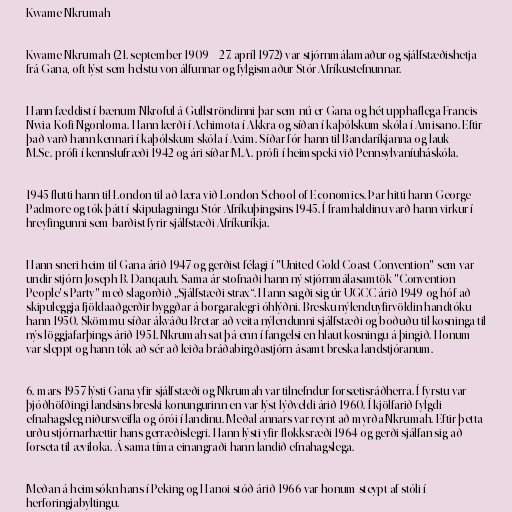
Kwame Nkrumah

Kwame Nkrumah (21. september 1909 – 27. apríl 1972) var stjórnmálamaður og sjálfstæðishetja
frá Gana, oft lýst sem helstu von álfunnar og fylgismaður Stór-Afríkustefnunnar.

Hann fæddist í bænum Nkroful á Gullströndinni þar sem nú er Gana og hét upphaflega Francis
Nwia-Kofi Ngonloma. Hann lærði í Achimota í Akkra og síðan í kaþólskum skóla í Amisano. Eftir
það varð hann kennari í kaþólskum skóla í Axim. Síðar fór hann til Bandaríkjanna og lauk
M.Sc.-prófi í kennslufræði 1942 og ári síðar M.A.-prófi í heimspeki við Pennsylvaníuháskóla.

1945 flutti hann til London til að læra við London School of Economics. Þar hitti hann George
Padmore og tók þátt í skipulagningu Stór-Afríkuþingsins 1945. Í framhaldinu varð hann virkur í
hreyfingunni sem barðist fyrir sjálfstæði Afríkuríkja.

Hann sneri heim til Gana árið 1947 og gerðist félagi í "United Gold Coast Convention" sem var
undir stjórn Joseph B. Danqauh. Sama ár stofnaði hann ný stjórnmálasamtök "Convention
People's Party" með slagorðið „Sjálfstæði strax“. Hann sagði sig úr UGCC árið 1949 og hóf að
skipuleggja fjöldaaðgerðir byggðar á borgaralegri óhlýðni. Bresku nýlenduyfirvöldin handtóku
hann 1950. Skömmu síðar ákváðu Bretar að veita nýlendunni sjálfstæði og boðuðu til kosninga til
nýs löggjafarþings árið 1951. Nkrumah sat þá enn í fangelsi en hlaut kosningu á þingið. Honum
var sleppt og hann tók að sér að leiða bráðabirgðastjórn ásamt breska landstjóranum.

6. mars 1957 lýsti Gana yfir sjálfstæði og Nkrumah var tilnefndur forsætisráðherra. Í fyrstu var
þjóðhöfðingi landsins breski konungurinn en var lýst lýðveldi árið 1960. Í kjölfarið fylgdi
efnahagsleg niðursveifla og órói í landinu. Meðal annars var reynt að myrða Nkrumah. Eftir þetta
urðu stjórnarhættir hans gerræðislegri. Hann lýsti yfir flokksræði 1964 og gerði sjálfan sig að
forseta til æviloka. Á sama tíma einangraði hann landið efnahagslega.

Meðan á heimsókn hans í Peking og Hanoi stóð árið 1966 var honum steypt af stóli í
herforingjabyltingu.